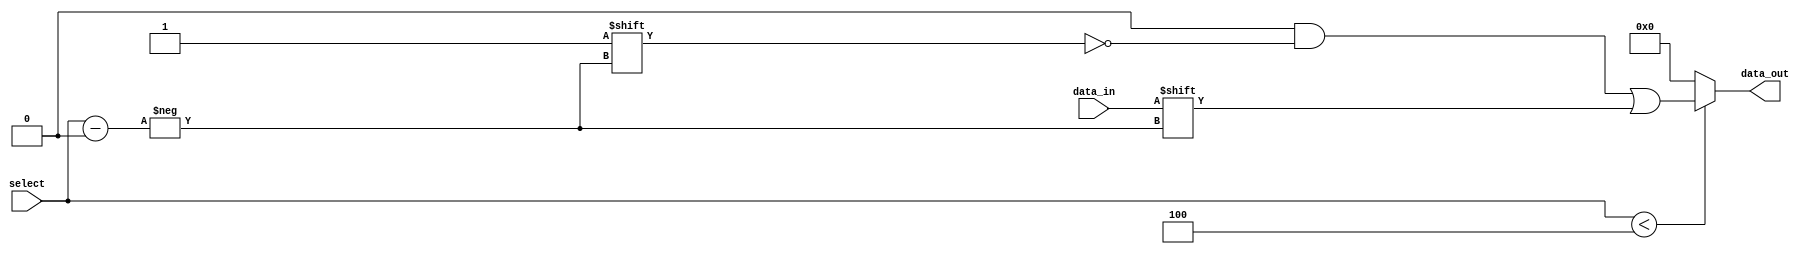
module ParameterizedDemux #(
    parameter N = 4  // Number of output lines (must be a power of 2)
) (
    input wire data_in,                  // Input data signal
    input wire [$clog2(N)-1:0] select,  // Select signal
    output reg [N-1:0] data_out          // Output data lines
);

    // Always block to implement the demux functionality
    always @(*) begin
        // Default all outputs to low
        data_out = {N{1'b0}};
        
        // Check if select is within range
        if (select < N) begin
            // Route data_in to the selected output line
            data_out[select] = data_in;
        end
    end

endmodule